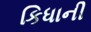
કિધાની